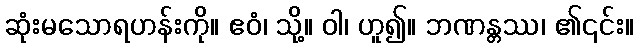
ဆုံးမသောရဟန်းကို။ ဧဝံ၊ သို့။ ဝါ၊ ဟူ၍။ ဘဏန္တဿ၊ ၏၎င်း။